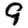
Digit: 9